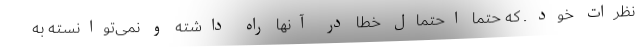
نظرات خود ـ که حتما احتمال خطا در آنها راه داشته و نمی‌توانسته به